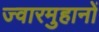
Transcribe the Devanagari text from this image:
ज्वारमुहानों